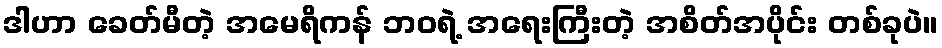
ဒါဟာ ခေတ်မီတဲ့ အမေရိကန် ဘဝရဲ့ အရေးကြီးတဲ့ အစိတ်အပိုင်း တစ်ခုပဲ။